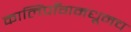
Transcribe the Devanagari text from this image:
कालिंपाँगमधूनच